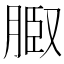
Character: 𦜌